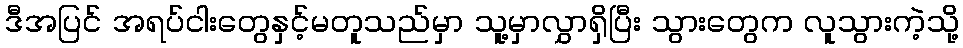
ဒီအပြင် အရပ်ငါးတွေနှင့်မတူသည်မှာ သူ့မှာလွှာရှိပြီး သွားတွေက လူသွားကဲ့သို့